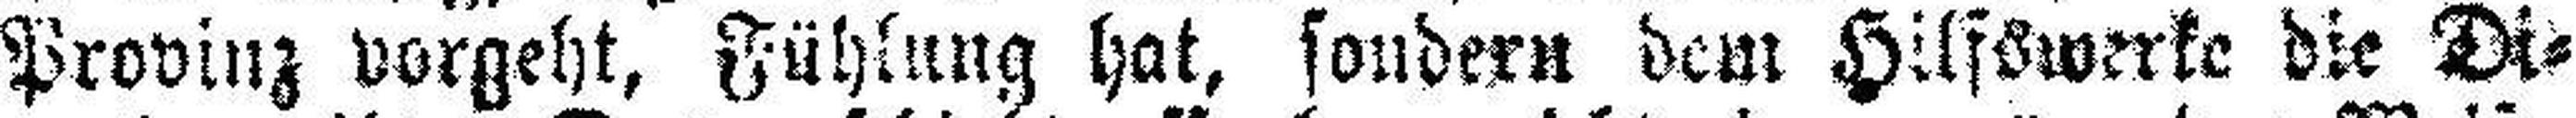
Provinz vorgeht, Fühlung hat, sondern dem Hilfswerke die Di¬